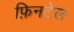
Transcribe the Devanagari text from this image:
फ़िनटेल